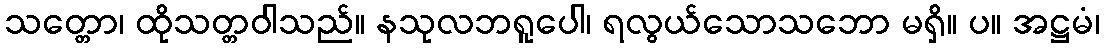
သတ္တော၊ ထိုသတ္တဝါသည်။ နသုလဘရူပေါ၊ ရလွယ်သောသဘော မရှိ။ ပ။ အဋ္ဌမံ၊